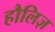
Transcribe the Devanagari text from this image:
हौलिज़